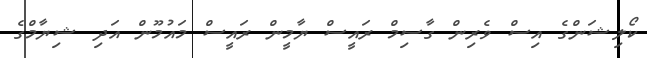
ކޯލިޝަންގެ އިސް ވެރިން ގާސިމް ރައީސް ޔާމީން ރައީސް މައުމޫން އަދި ޝިޔާމްގެ